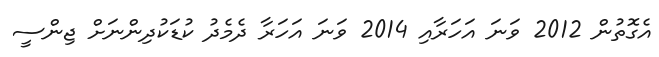
އެގޮތުން 2012 ވަނަ އަހަރާއި 2014 ވަނަ އަހަރާ ދެމެދު ކުޑަކުދިންނަށް ޖިންސީ